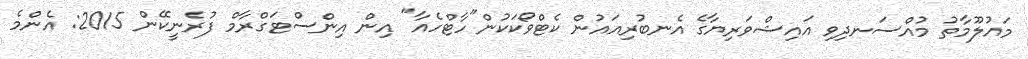
މައުލޫމާތު މުއްސަނދިވި އައިޝްވަރިޔާގެ އެނބުރިއައުން ކެޓްވޯކަކުން"ހާޓްހެއާ" އިން އިންސްޓަގްރާމް ފުރެނީކޭން 2015: އެންމެ